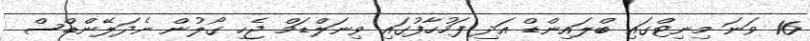
16 ވަނަ މިނިޓްގައި ބްލައިންޑް އަދި ފަހުހާފުގައި ވިނަލްޑަމް ޖެހި ގޯލުން ނެދަލޭންޑްސް